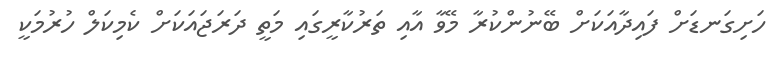
ހަށިގަނޑަށް ފައިދާއަކަށް ބޭނުންކުރާ މޭވާ އާއި ތަރުކާރީގައި މަތީ ދަރަޖައަކަށް ކެމިކަލް ހުރުމަކީ